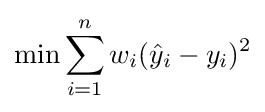
\min \sum _{i=1}^{n}w_{i}({\hat {y}}_{i}-y_{i})^{2}